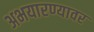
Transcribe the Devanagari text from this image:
अभयारण्यावर